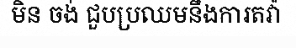
មិន ចង់ ជួបប្រឈមនឹងការតវ៉ា